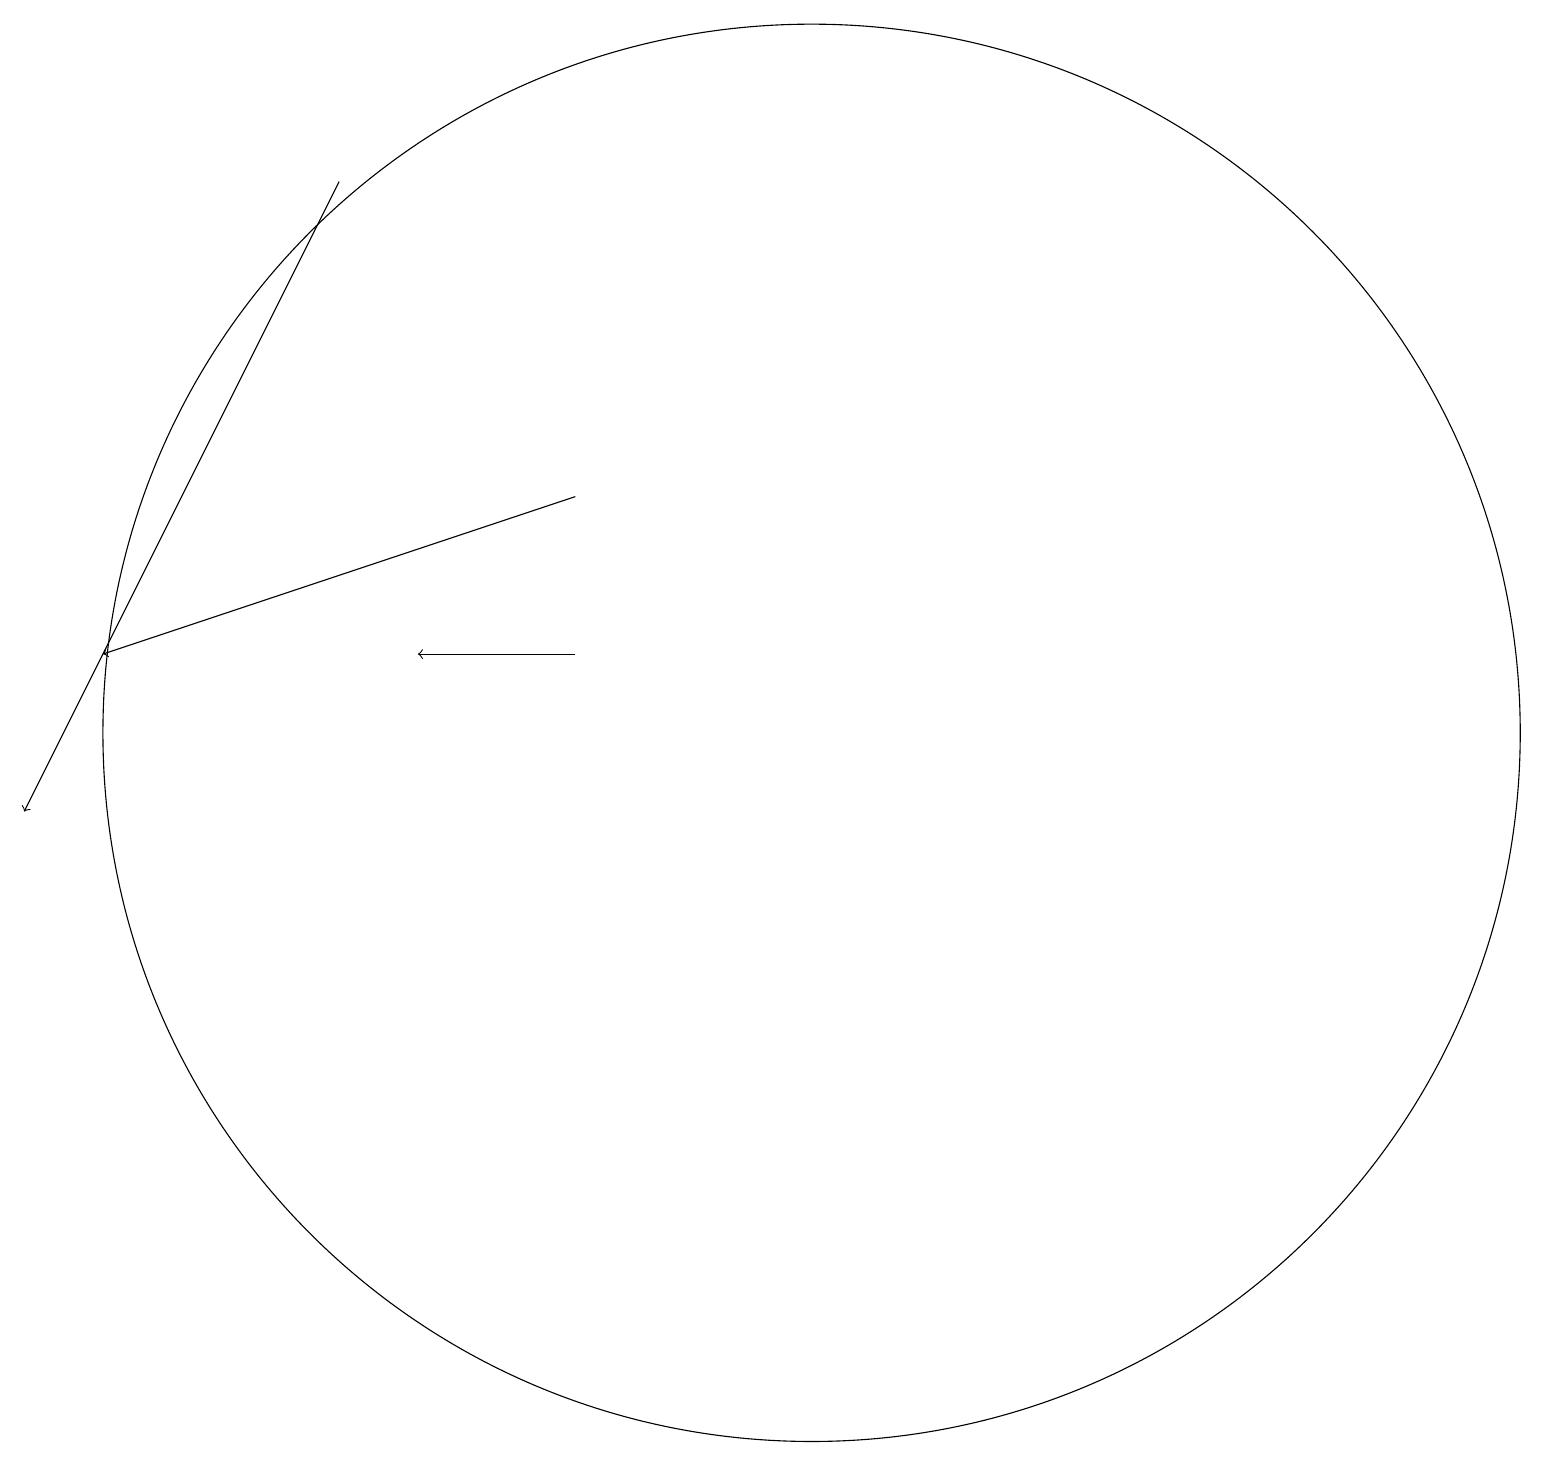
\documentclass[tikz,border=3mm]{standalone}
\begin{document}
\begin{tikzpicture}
\draw[->] (7,12) -- (5,12);
\draw (10,11) circle (9);
\draw[->] (7,14) -- (1,12);
\draw[->] (4,18) -- (0,10);
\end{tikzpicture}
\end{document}